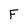
Character: F